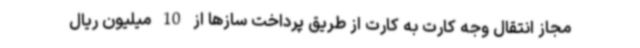
مجاز انتقال وجه کارت به کارت از طریق پرداخت سازها از 10 میلیون ریال